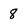
Character: 8